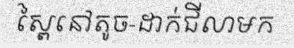
ស្ពៃនៅតូច-ដាក់ជីលាមក